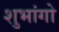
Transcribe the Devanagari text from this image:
शुभांगो